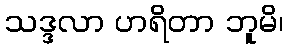
သဒ္ဒလာ ဟရိတာ ဘူမိ၊